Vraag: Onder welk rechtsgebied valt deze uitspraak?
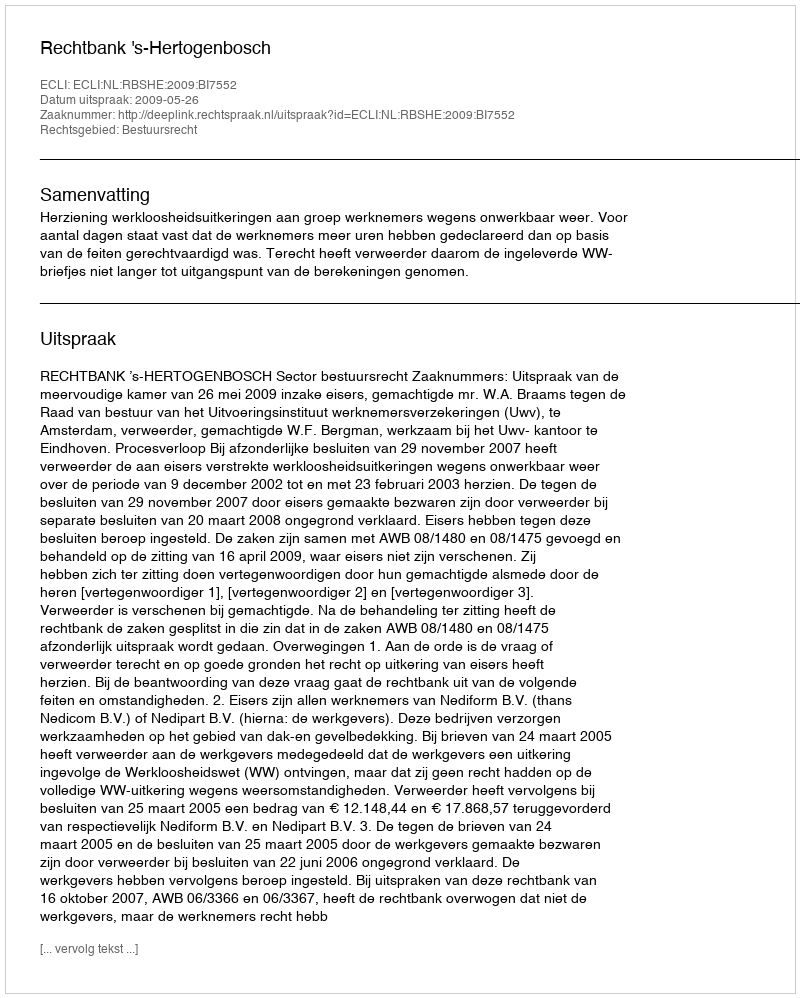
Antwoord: Bestuursrecht